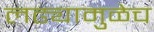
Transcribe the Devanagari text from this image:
लढ्यामुळेच